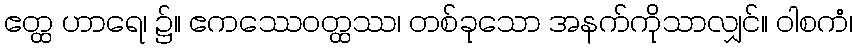
ဧတ္ထ ဟာရေ၊ ၌။ ဧကဿေဝတ္ထဿ၊ တစ်ခုသော အနက်ကိုသာလျှင်။ ဝါစကံ၊